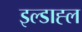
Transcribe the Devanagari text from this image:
इल्डाह्ल